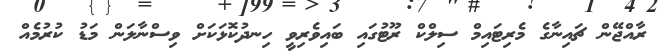
ރާއްޖޭން ޗައިނާގެ މެރިޓައިމް ސިލްކް ރޫޓުގައި ބައިވެރިވީ ހިނދުކޮޅަކަށް ވިސްނާލަން މަޑު ކުރުމެއް